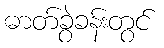
ဓာတ်ခွဲခန်းတွင်